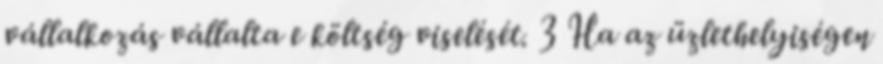
vállalkozás vállalta e költség viselését. 3 Ha az üzlethelyiségen